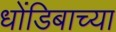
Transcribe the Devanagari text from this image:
धोंडिबाच्या